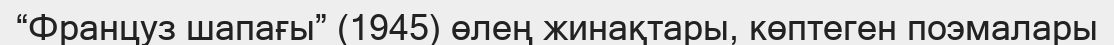
“Француз шапағы” (1945) өлең жинақтары, көптеген поэмалары